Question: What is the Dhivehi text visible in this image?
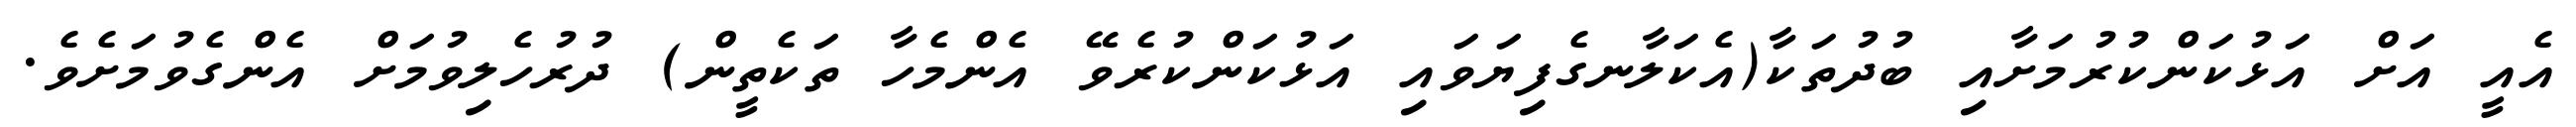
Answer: އެއީ އަށް އަޅުކަންކުރުމަށާއި ބުދުތަކާ(އެކަލާނގެފިޔަވައި އަޅުކަންކުރެވޭ އެންމެހާ ތަކެތީން) ދުރުހެލިވުމަށް އެންގެވުމަށެވެ.